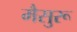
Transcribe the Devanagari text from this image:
मैसुरू